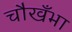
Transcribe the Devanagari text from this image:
चौखँभा